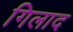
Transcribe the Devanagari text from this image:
गिलाद